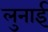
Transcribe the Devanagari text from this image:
लुनाई